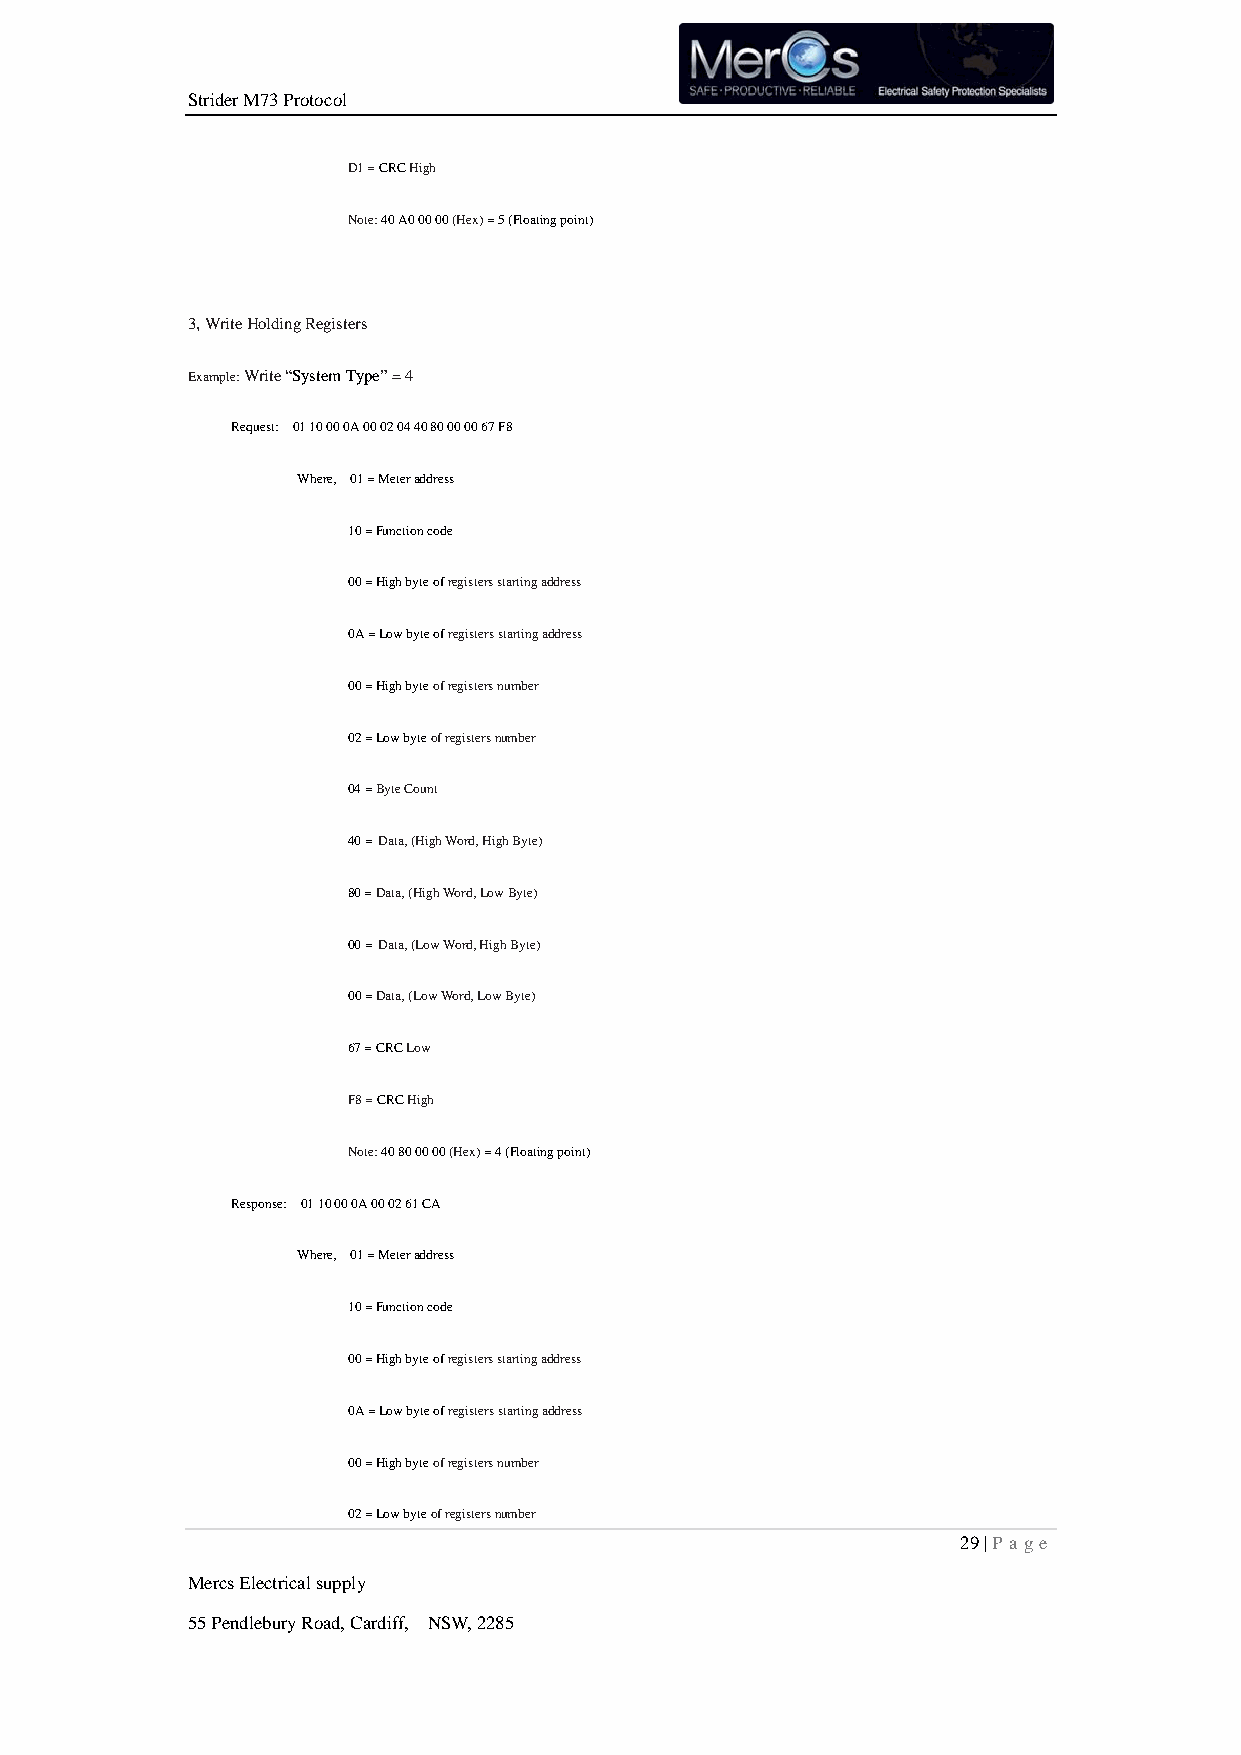
Strider M73 Protocol
 D1 = CRC High
 Note: 40 A0 00 00 (Hex) = 5 (Floating point)
 3, Write Holding Registers
 Example: Write “System Type” = 4
 Request: 01 10 00 0A 00 02 04 40 80 00 00 67 F8
 Where, 01 = Meter address
 10 = Function code
 00 = High byte of registers starting address
 0A = Low byte of registers starting address
 00 = High byte of registers number
 02 = Low byte of registers number
 04 = Byte Count
 40 =Data, (High Word, High Byte)
 80 = Data, (High Word, Low Byte)
 00 =Data, (Low Word, High Byte)
 00 = Data, (Low Word, Low Byte)
 67 = CRC Low
 F8 = CRC High
 Note: 40 80 00 00 (Hex) = 4 (Floating point)
 Response: 01 10 00 0A 00 02 61 CA
 Where, 01 = Meter address
 10 = Function code
 00 = High byte of registers starting address
 0A = Low byte of registers starting address
 00 = High byte of registers number
 02 = Low byte of registers number
 29 | P age
 Mercs Electrical supply
 55 Pendlebury Road, Cardiff, NSW, 2285